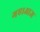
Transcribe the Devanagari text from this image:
गए।आज